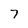
Character: 7